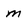
Character: m